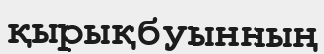
қырықбуынның